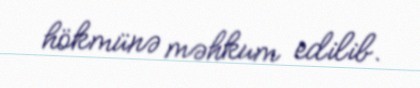
hökmünə məhkum edilib.